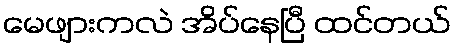
မေဖျားကလဲ အိပ်နေပြီ ထင်တယ်